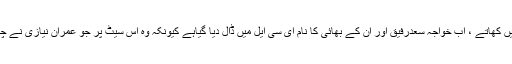
ان کا کہنا تھا کہ سچے لوگ قسمیں نہیں کھاتے ، اب خواجہ سعدرفیق اور ان کے بھائی کا نام ای سی ایل میں ڈال دیا گیاہے کیونکہ وہ اس سیٹ پر جو عمران نیازی نے چھوڑی تھی اس پر الیکشن لڑ رہے ہیں۔